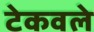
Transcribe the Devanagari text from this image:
टेकवले